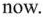
now.